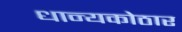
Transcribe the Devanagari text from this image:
धान्यकोठार